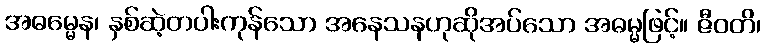
အဓမ္မေန၊ နှစ်ဆဲ့တပါးကုန်သော အနေသနဟုဆိုအပ်သော အဓမ္မဖြင့်။ ဇီဝတိ၊